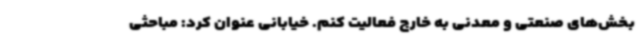
بخش‌های صنعتی و معدنی به خارج فعالیت کنم. خیابانی عنوان کرد: مباحثی